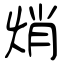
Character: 焇